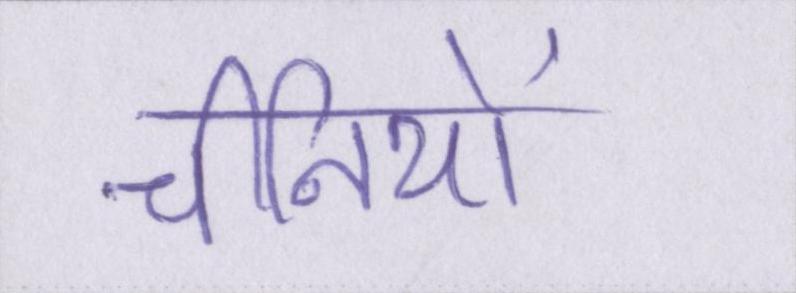
चीनियों